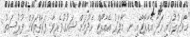
މާވަރުލުގައި ހަދާ އެއާޕޯޓާއި ނ. މާފަރު އެއާޕޯޓް ހެދުމަށް ޝައުގުވެރިވާ ފަރާތްތަކަށް ފުރުސަތު